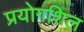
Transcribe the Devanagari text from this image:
प्रयोगशिल